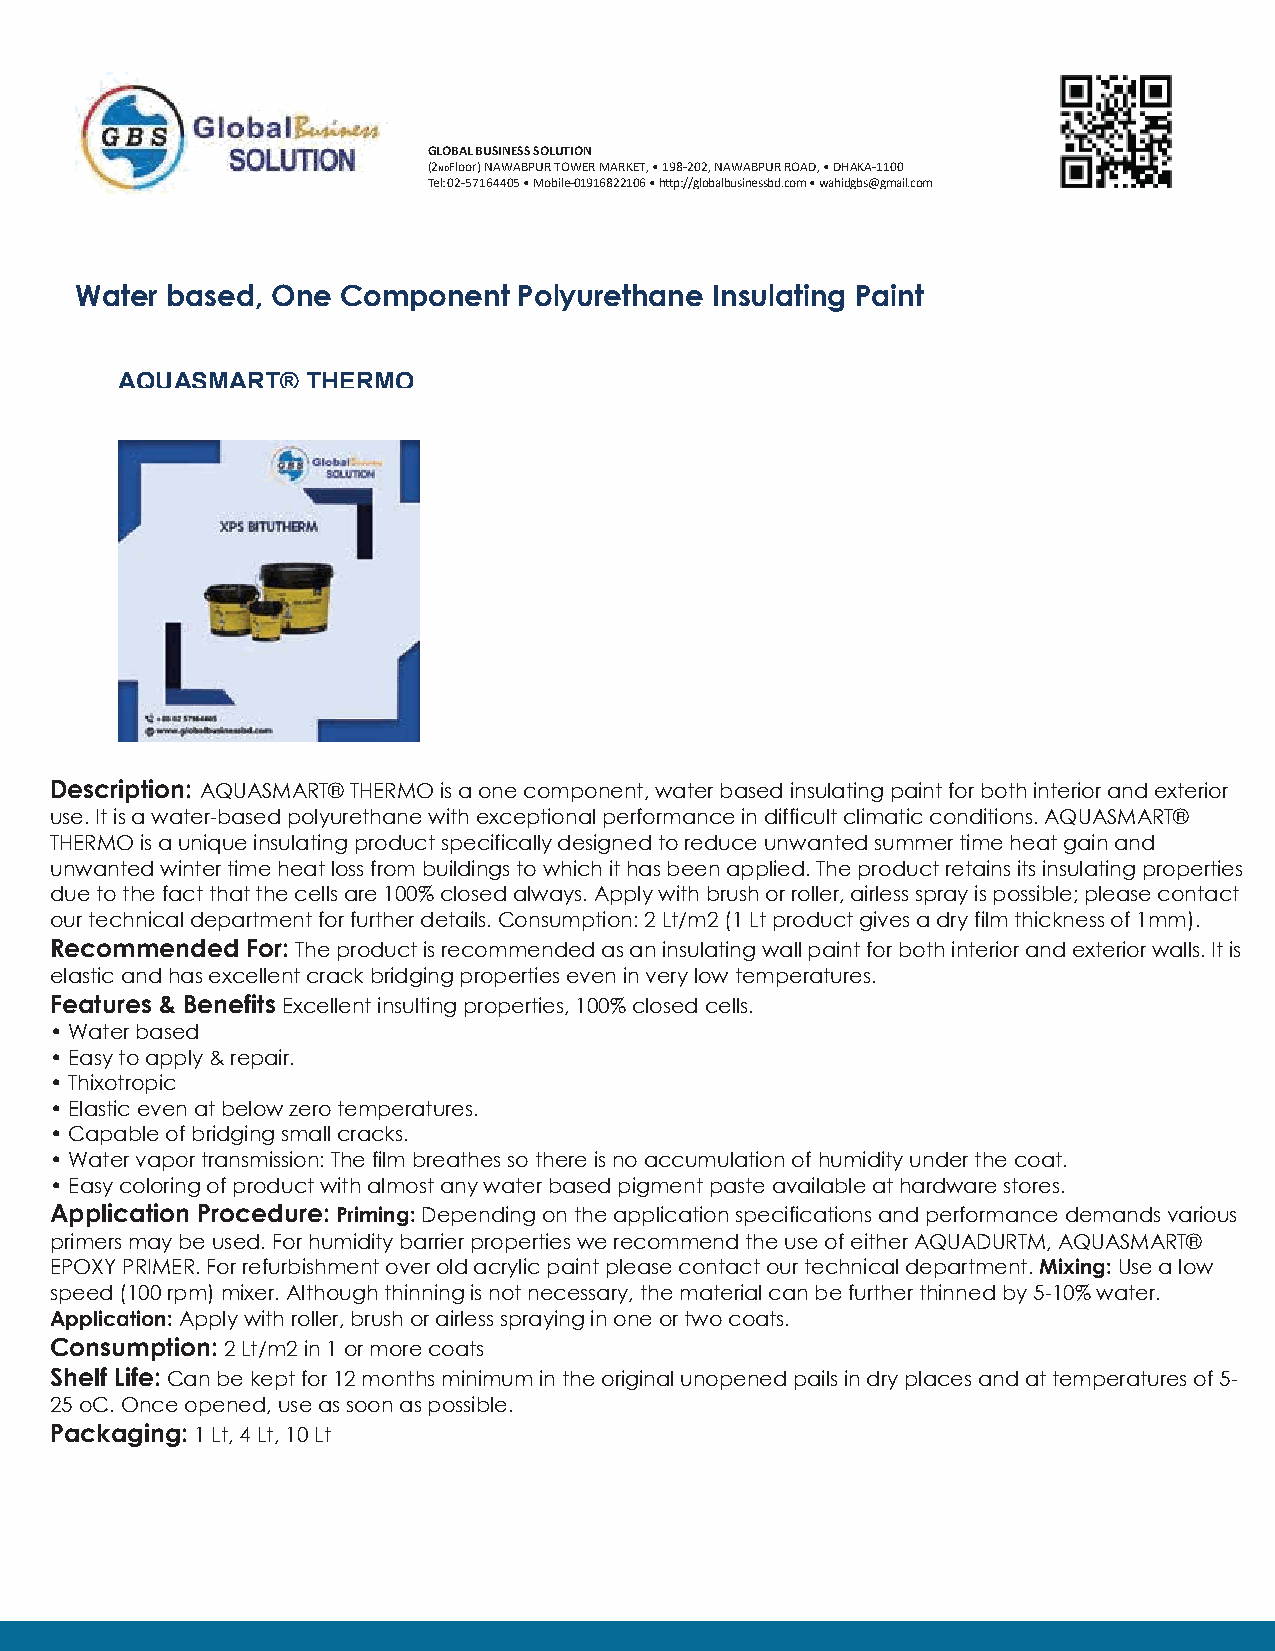
GLOBAL BUSINESS SOLUTION
 (2NDFloor) NAWABPUR TOWER MARKET, • 198-202, NAWABPUR ROAD, • DHAKA-1100
 Tel: 02-57164405 • Mobile-01916822106 • h�p://globalbusinessbd.com • wahidgbs@gmail.com
 Water based, One  Component  Polyurethane Insulating Paint
 AQUASMART®  THERMO
 Description: AQUASMART® THERMO is a one component, water based insulating paint for both interior and exterior
 use. It is a water-based polyurethane with exceptional performance in difficult climatic conditions. AQUASMART®
 THERMO is a unique insulating product specifically designed to reduce unwanted summer time heat gain and
 unwanted winter time heat loss from buildings to which it has been applied. The product retains its insulating properties
 due to the fact that the cells are 100% closed always. Apply with brush or roller, airless spray is possible; please contact
 our technical department for further details. Consumption: 2 Lt/m2 (1 Lt product gives a dry film thickness of 1mm).
 Recommended  For: The product is recommended as an insulating wall paint for both interior and exterior walls. It is
 elastic and has excellent crack bridging properties even in very low temperatures.
 Features & Benefits Excellent insulting properties, 100% closed cells.
 • Water based
 • Easy to apply & repair.
 • Thixotropic
 • Elastic even at below zero temperatures.
 • Capable of bridging small cracks.
 • Water vapor transmission: The film breathes so there is no accumulation of humidity under the coat.
 • Easy coloring of product with almost any water based pigment paste available at hardware stores.
 Application Procedure: Priming: Depending on the application specifications and performance demands various
 primers may be used. For humidity barrier properties we recommend the use of either AQUADURTM, AQUASMART®
 EPOXY PRIMER. For refurbishment over old acrylic paint please contact our technical department. Mixing: Use a low
 speed (100 rpm) mixer. Although thinning is not necessary, the material can be further thinned by 5-10% water.
 Application: Apply with roller, brush or airless spraying in one or two coats.
 Consumption: 2 Lt/m2 in 1 or more coats
 Shelf Life: Can be kept for 12 months minimum in the original unopened pails in dry places and at temperatures of 5-
 25 oC. Once opened, use as soon as possible.
 Packaging: 1 Lt, 4 Lt, 10 Lt